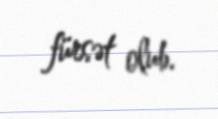
fürsət olub.